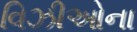
વિઝીઓના